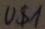
Text: u$1